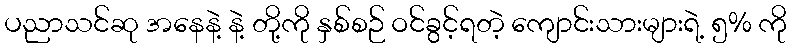
ပညာသင်ဆု အနေနဲ့ နဲ့ တို့ကို နှစ်စဉ် ဝင်ခွင့်ရတဲ့ ကျောင်းသားများရဲ့ ၅% ကို